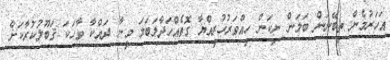
އަހަރުމެން ތިބޭނަން ބަލަން ނިކަން ހިއްވަރުހުރިއްޔާ ގޮތެއްހަދާލަބަލަ މީނާ ދައްކާ ވާހަކަ ޤަބޫލުކުރާކަށް